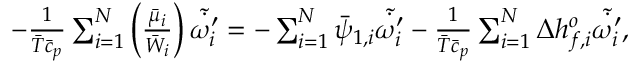
\begin{array} { r l } & { - \frac { 1 } { \bar { T } \bar { c } _ { p } } \sum _ { i = 1 } ^ { N } \left( \frac { \bar { \mu } _ { i } } { \bar { W } _ { i } } \right) \tilde { \dot { \omega _ { i } ^ { \prime } } } = - \sum _ { i = 1 } ^ { N } \bar { \psi } _ { 1 , i } \tilde { \dot { \omega _ { i } ^ { \prime } } } - \frac { 1 } { \bar { T } \bar { c } _ { p } } \sum _ { i = 1 } ^ { N } \Delta h _ { f , i } ^ { o } \tilde { \dot { \omega _ { i } ^ { \prime } } } , } \end{array}